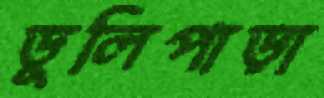
ডুলিপাড়া